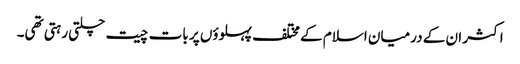
اکثر ان کے درمیان اسلام کے مختلف پہلوؤں پر بات چیت چلتی رہتی تھی۔